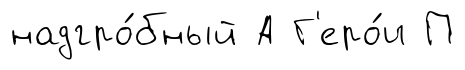
надгро́бный А Г'еро́и П